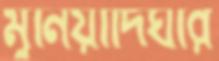
মুনিয়াদিঘীর